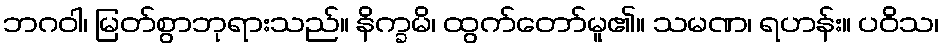
ဘဂဝါ၊ မြတ်စွာဘုရားသည်။ နိက္ခမိ၊ ထွက်တော်မူ၏။ သမဏ၊ ရဟန်း။ ပဝိသ၊